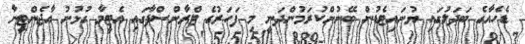
ޑެހެއާގެ ބަދަލުގައި ޔުނައިޓެޑުުން ބޭނުންކުރަމުންދަނީ މި ފަހަރުގެ ޓްރާންސްފާގައި އެޓީމާ ގުޅުނު އާޖެންޓީނާ